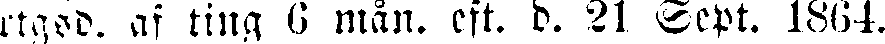
rtgsd. af ting 6 mån. eft. d. 21 Sept. 1864.